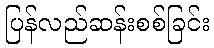
ပြန်လည်ဆန်းစစ်ခြင်း